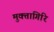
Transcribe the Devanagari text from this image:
मुक्तागिरि